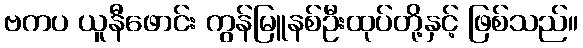
ဗကပ ယူနီဖောင်း ကွန်မြူနစ်ဦးထုပ်တို့နှင့် ဖြစ်သည်။